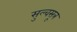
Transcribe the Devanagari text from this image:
सुल्वसूत्र